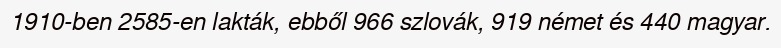
1910-ben 2585-en lakták, ebből 966 szlovák, 919 német és 440 magyar.